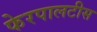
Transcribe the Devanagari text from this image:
फेरपालटीस